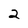
Character: 2